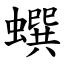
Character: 蟤